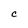
Character: C